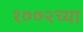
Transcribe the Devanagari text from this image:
१७७२च्या